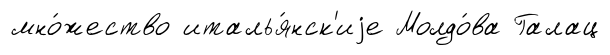
мно́жество италья́нск'иjе Молдо́ва Галац